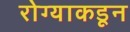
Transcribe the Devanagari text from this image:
रोग्याकडून